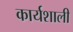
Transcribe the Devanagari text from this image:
कार्यशाली